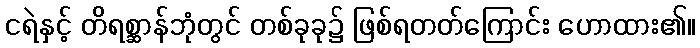
ငရဲနှင့် တိရစ္ဆာန်ဘုံတွင် တစ်ခုခု၌ ဖြစ်ရတတ်ကြောင်း ဟောထား၏။